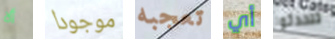
ألا موجودا تعجبه أي تتحدثوا